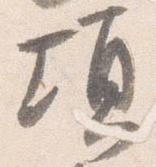
頃